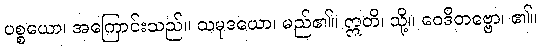
ပစ္စယော၊ အကြောင်းသည်။ သမုဒယော၊ မည်၏။ ဣတိ၊ သို့။ ဝေဒိတဗ္ဗော၊ ၏။